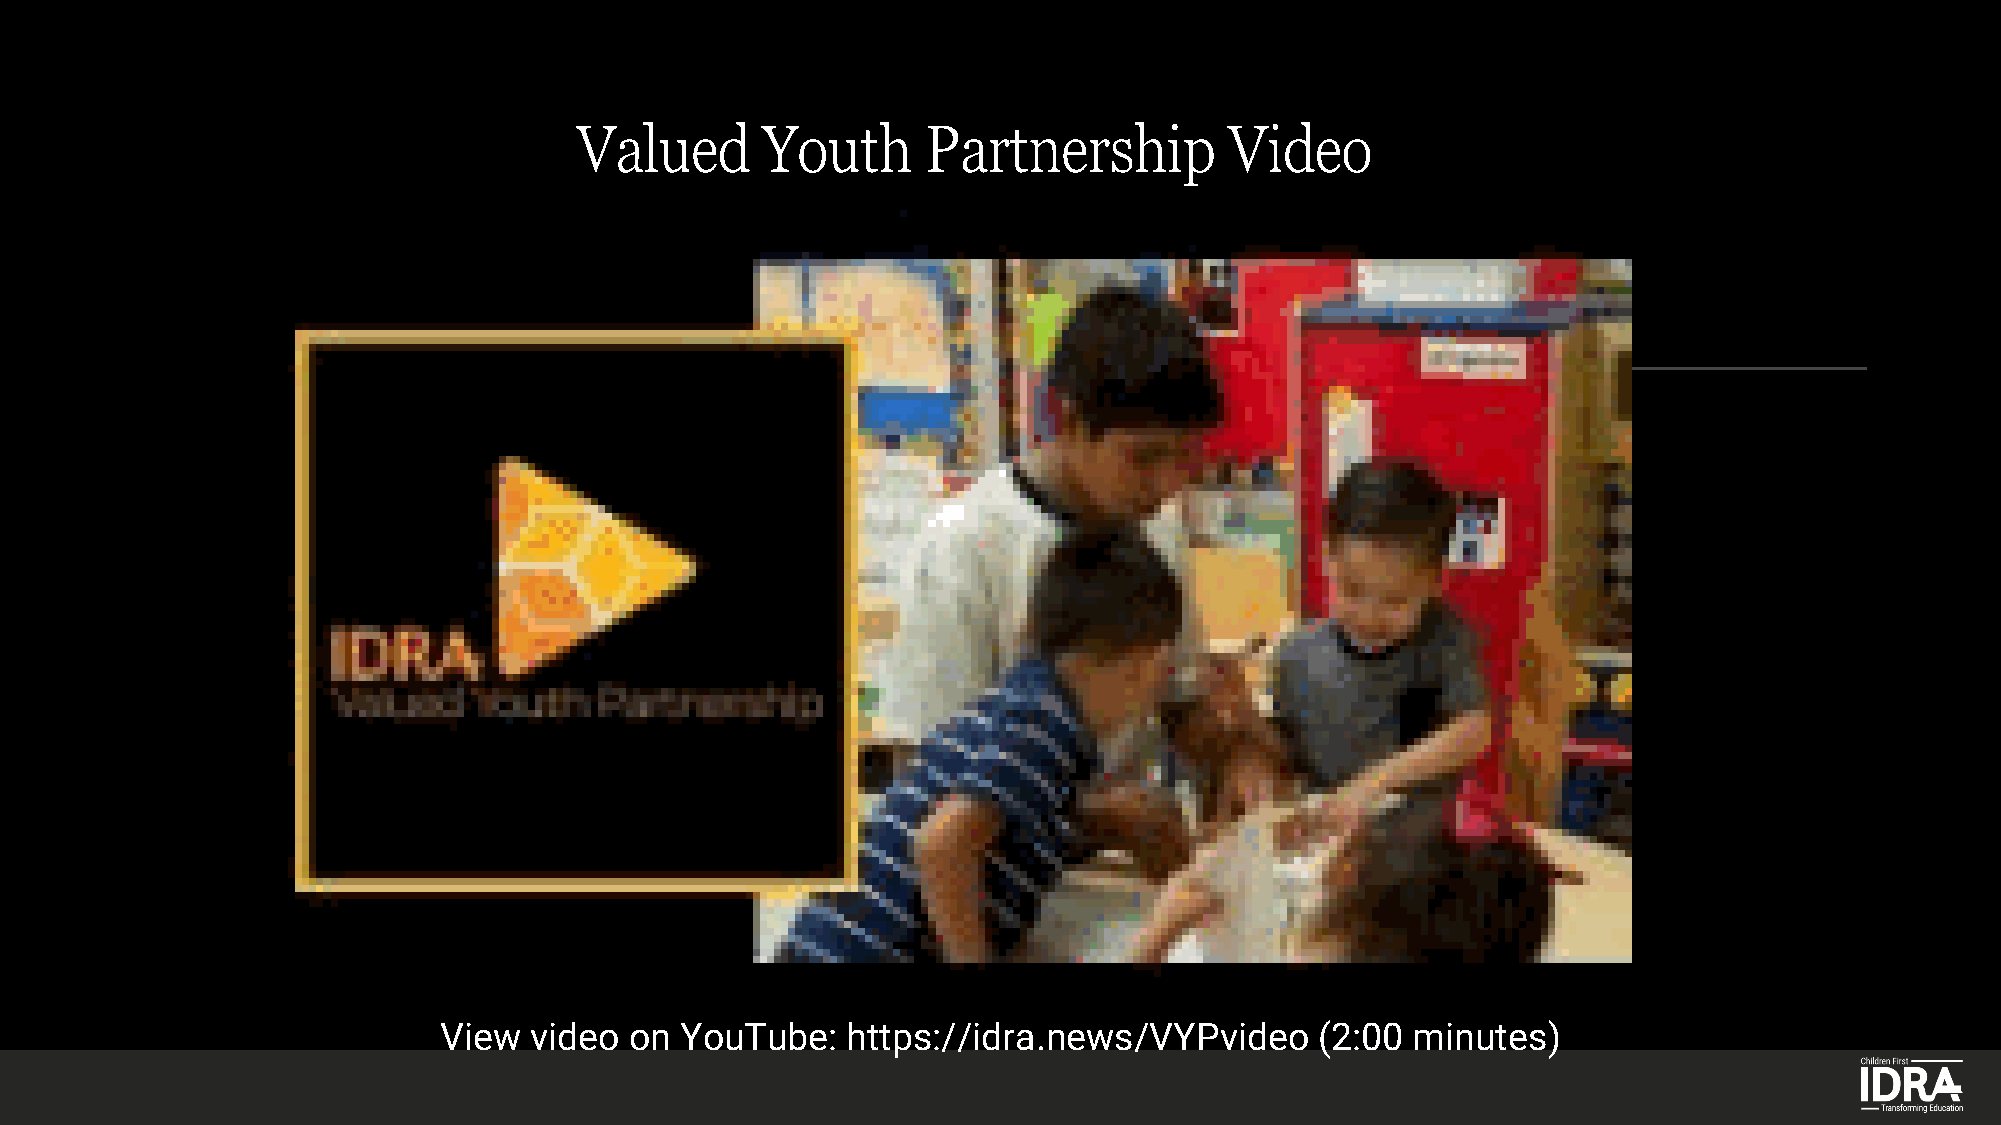
Valued      Youth      Partnership         Video
 View  video  on YouTube:   https://idra.news/VYPvideo     (2:00  minutes)